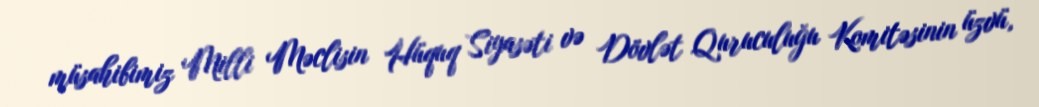
müsahibimiz Milli Məclisin Hüquq Siyasəti və Dövlət Quruculuğu Komitəsinin üzvü,